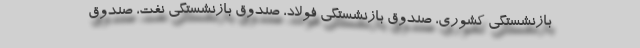
بازنشستگی کشوری، صندوق بازنشستگی فولاد، صندوق بازنشستگی نفت، صندوق